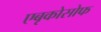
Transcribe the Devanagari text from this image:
एबृकोसोफ